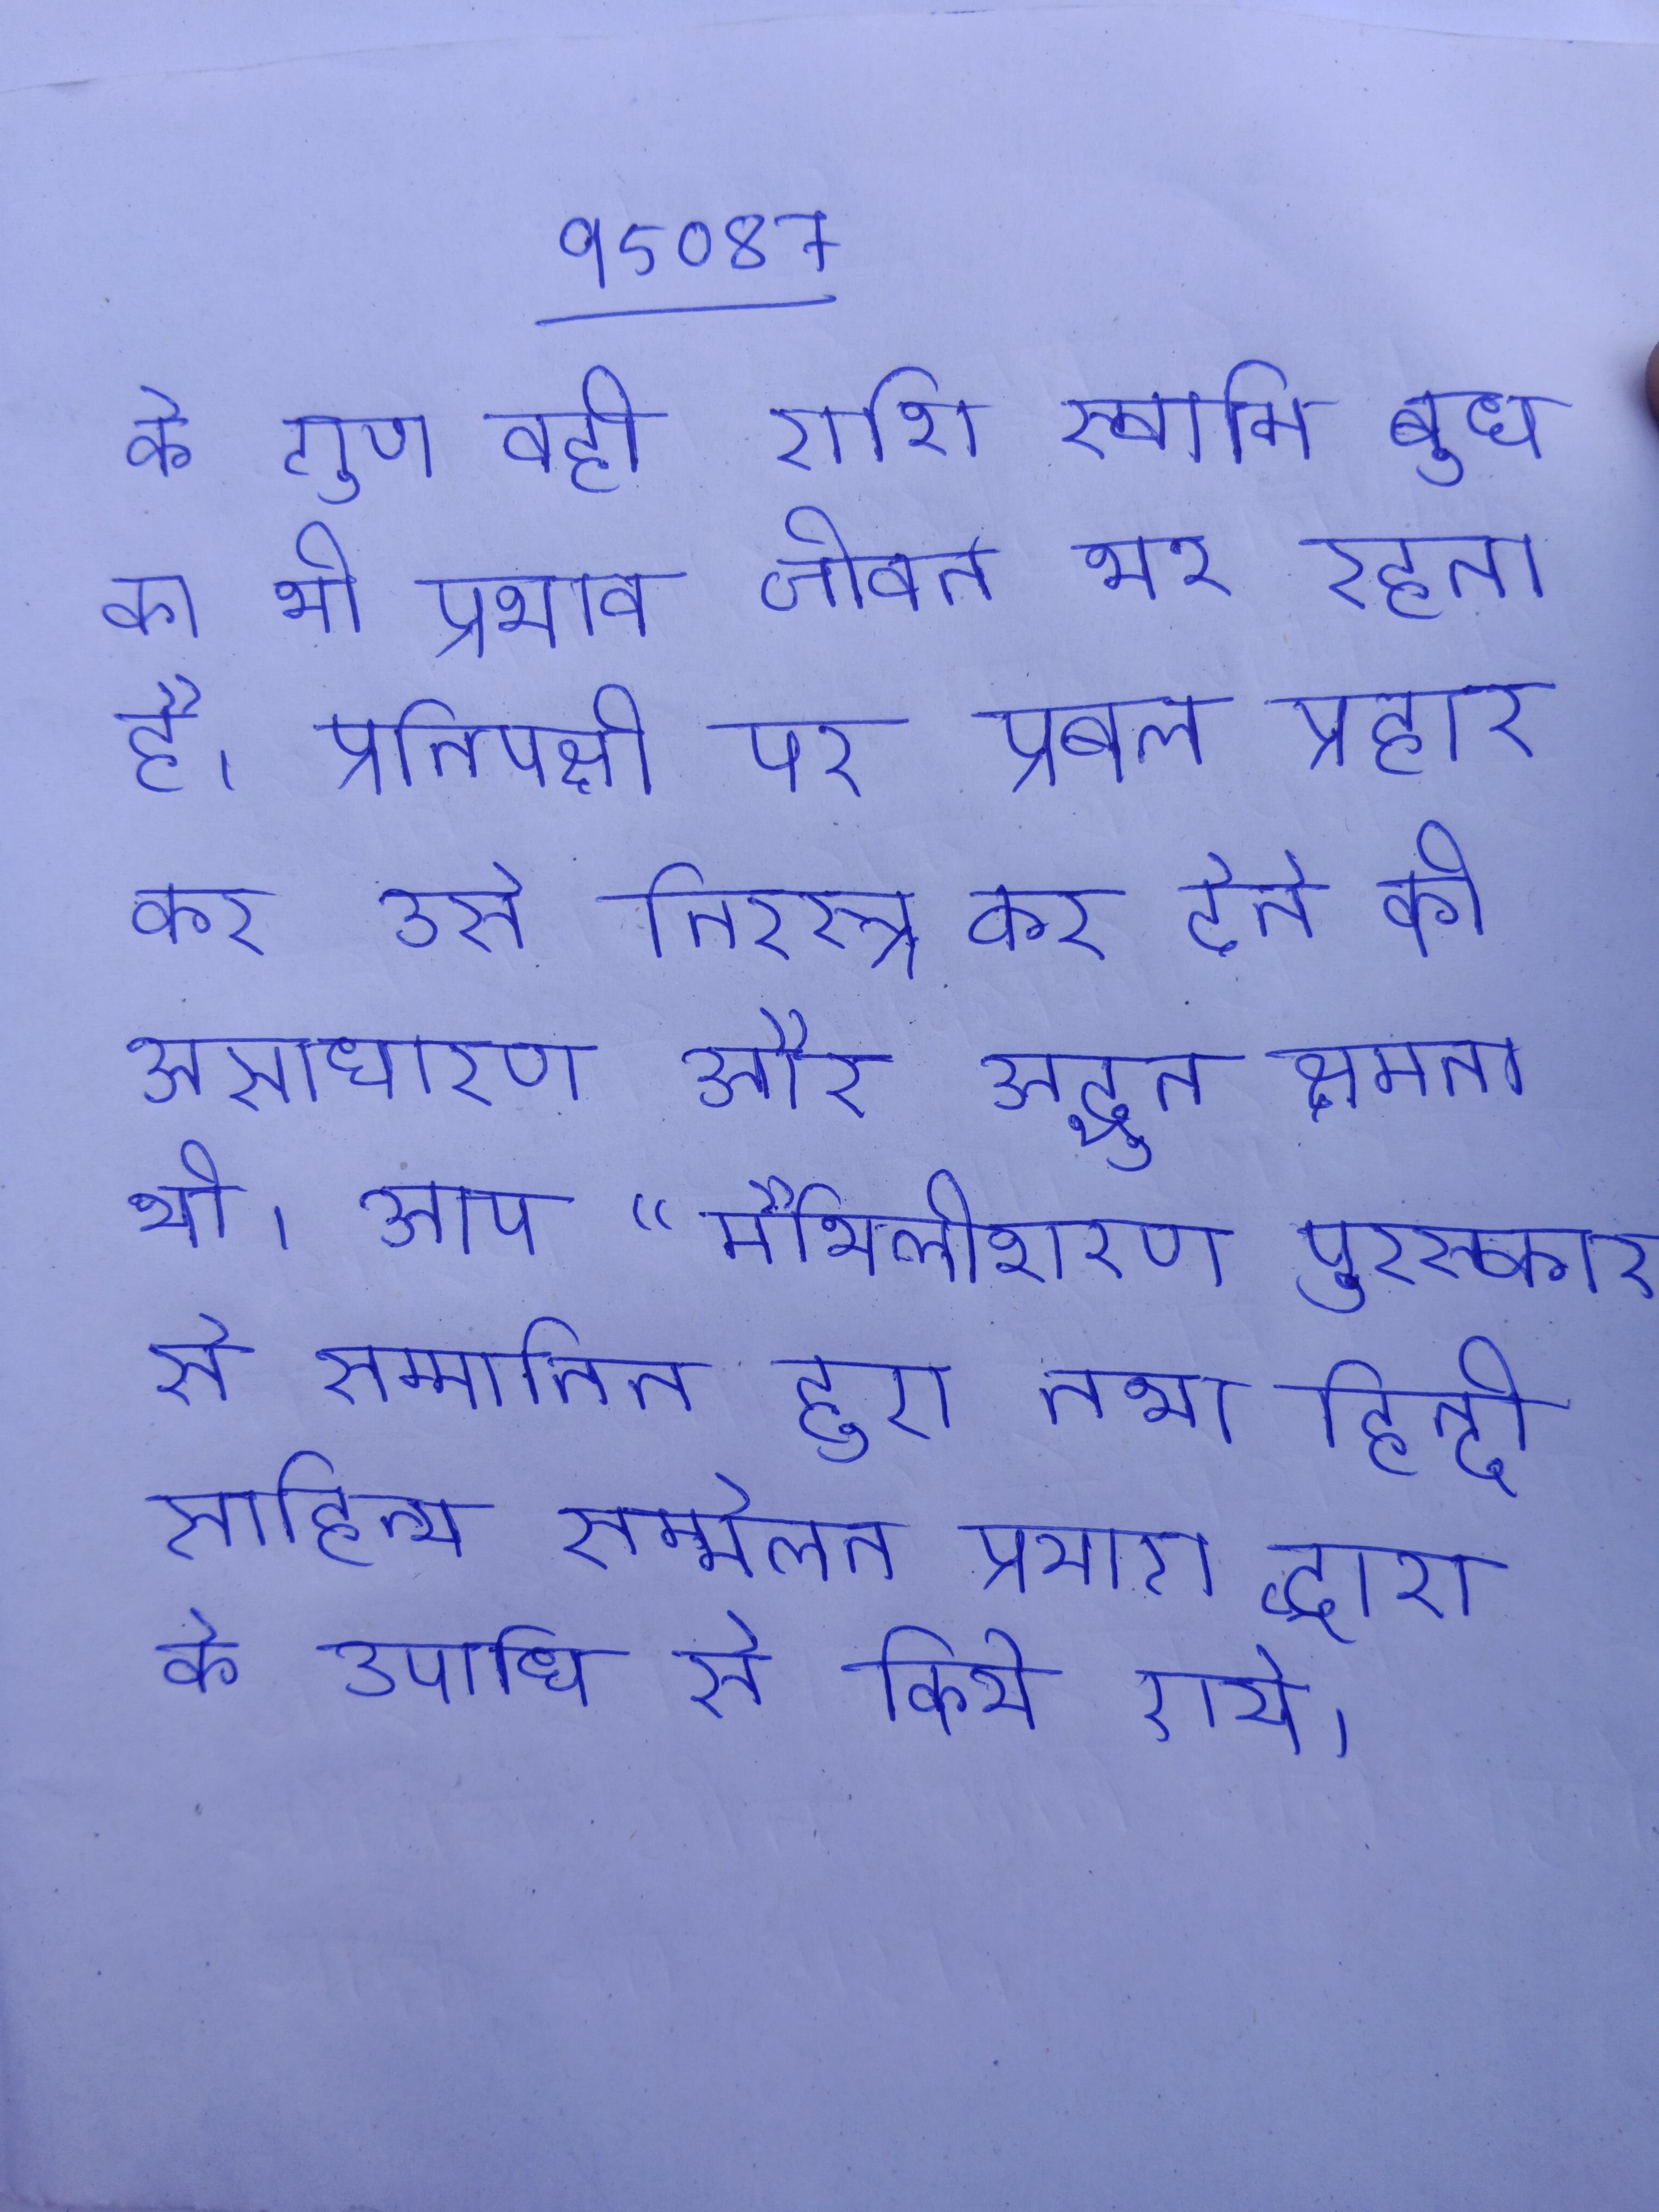
के गुण वही राशि स्वामी बुध का भी प्रभाव जीवन भर रहता है । प्रतिपक्षी पर प्रबल प्रहार कर उसे निरस्त्र कर देने की असाधारण और अद्भुत क्षमता थी । आप "मैथिलीशरण पुरस्कार से सम्मानित हुए तथा हिन्दी साहित्य सम्मेलन प्रयाग द्वारा के उपाधि से किये गये ।